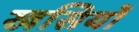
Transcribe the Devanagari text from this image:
खसियों